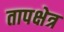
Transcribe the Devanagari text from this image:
तापक्षेत्र